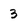
Character: 3